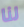
لنا